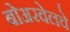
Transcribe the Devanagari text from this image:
बोअरवेलचे